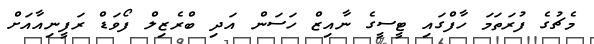
މެޗުގެ ފުރަތަމަ ހާފްގައި ޓީސީގެ ނާއިޒް ހަސަން އަދި ބްރެޒިލް ފޯވަޑް ރަފީނިއާއަށް